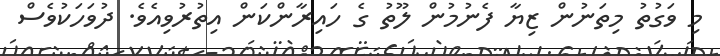
މި ވަގުތު މިތަނުން ޒިޔާ ފެނުމުން ލޫތު ގެ ހައިރާންކަން އިތުރުވިއެވެ. ދުވަހަކުވެސް